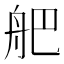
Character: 舥